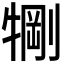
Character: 𬌧